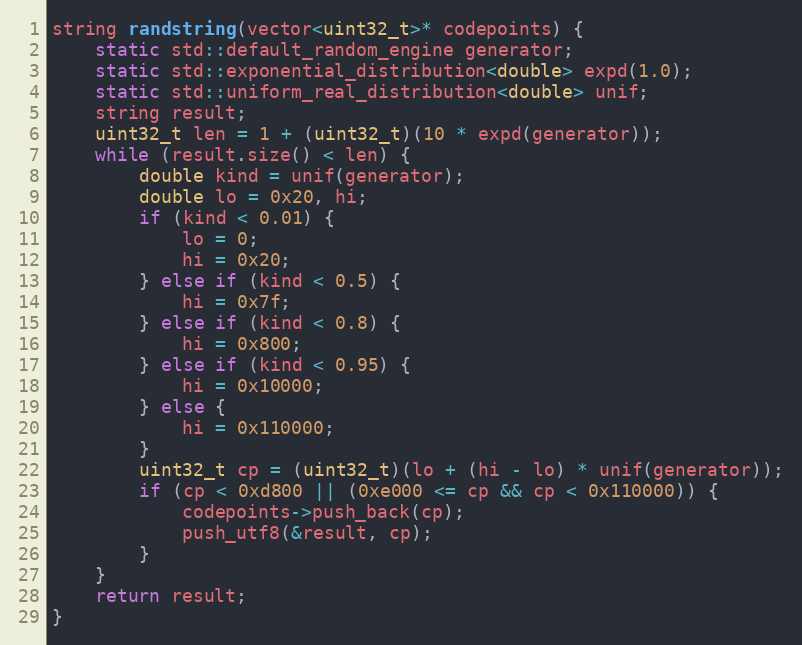
Language: C++
string randstring(vector<uint32_t>* codepoints) {
    static std::default_random_engine generator;
    static std::exponential_distribution<double> expd(1.0);
    static std::uniform_real_distribution<double> unif;
    string result;
    uint32_t len = 1 + (uint32_t)(10 * expd(generator));
    while (result.size() < len) {
        double kind = unif(generator);
        double lo = 0x20, hi;
        if (kind < 0.01) {
            lo = 0;
            hi = 0x20;
        } else if (kind < 0.5) {
            hi = 0x7f;
        } else if (kind < 0.8) {
            hi = 0x800;
        } else if (kind < 0.95) {
            hi = 0x10000;
        } else {
            hi = 0x110000;
        }
        uint32_t cp = (uint32_t)(lo + (hi - lo) * unif(generator));
        if (cp < 0xd800 || (0xe000 <= cp && cp < 0x110000)) {
            codepoints->push_back(cp);
            push_utf8(&result, cp);
        }
    }
    return result;
}